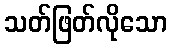
သတ်ဖြတ်လိုသော